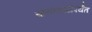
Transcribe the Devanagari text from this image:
सायंकाळीपर्यंत